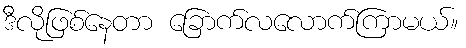
ဒီလိုဖြစ်နေတာ ခြောက်လလောက်ကြာမယ်။